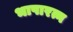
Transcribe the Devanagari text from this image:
भाषारत्न